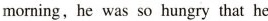
morning,he was so hungry that he